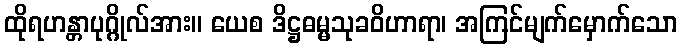
ထိုရဟန္တာပုဂ္ဂိုလ်အား။ ယေစ ဒိဋ္ဌဓမ္မသုခဝိဟာရာ၊ အကြင်မျက်မှောက်သော